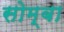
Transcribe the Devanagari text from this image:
सोम्बा